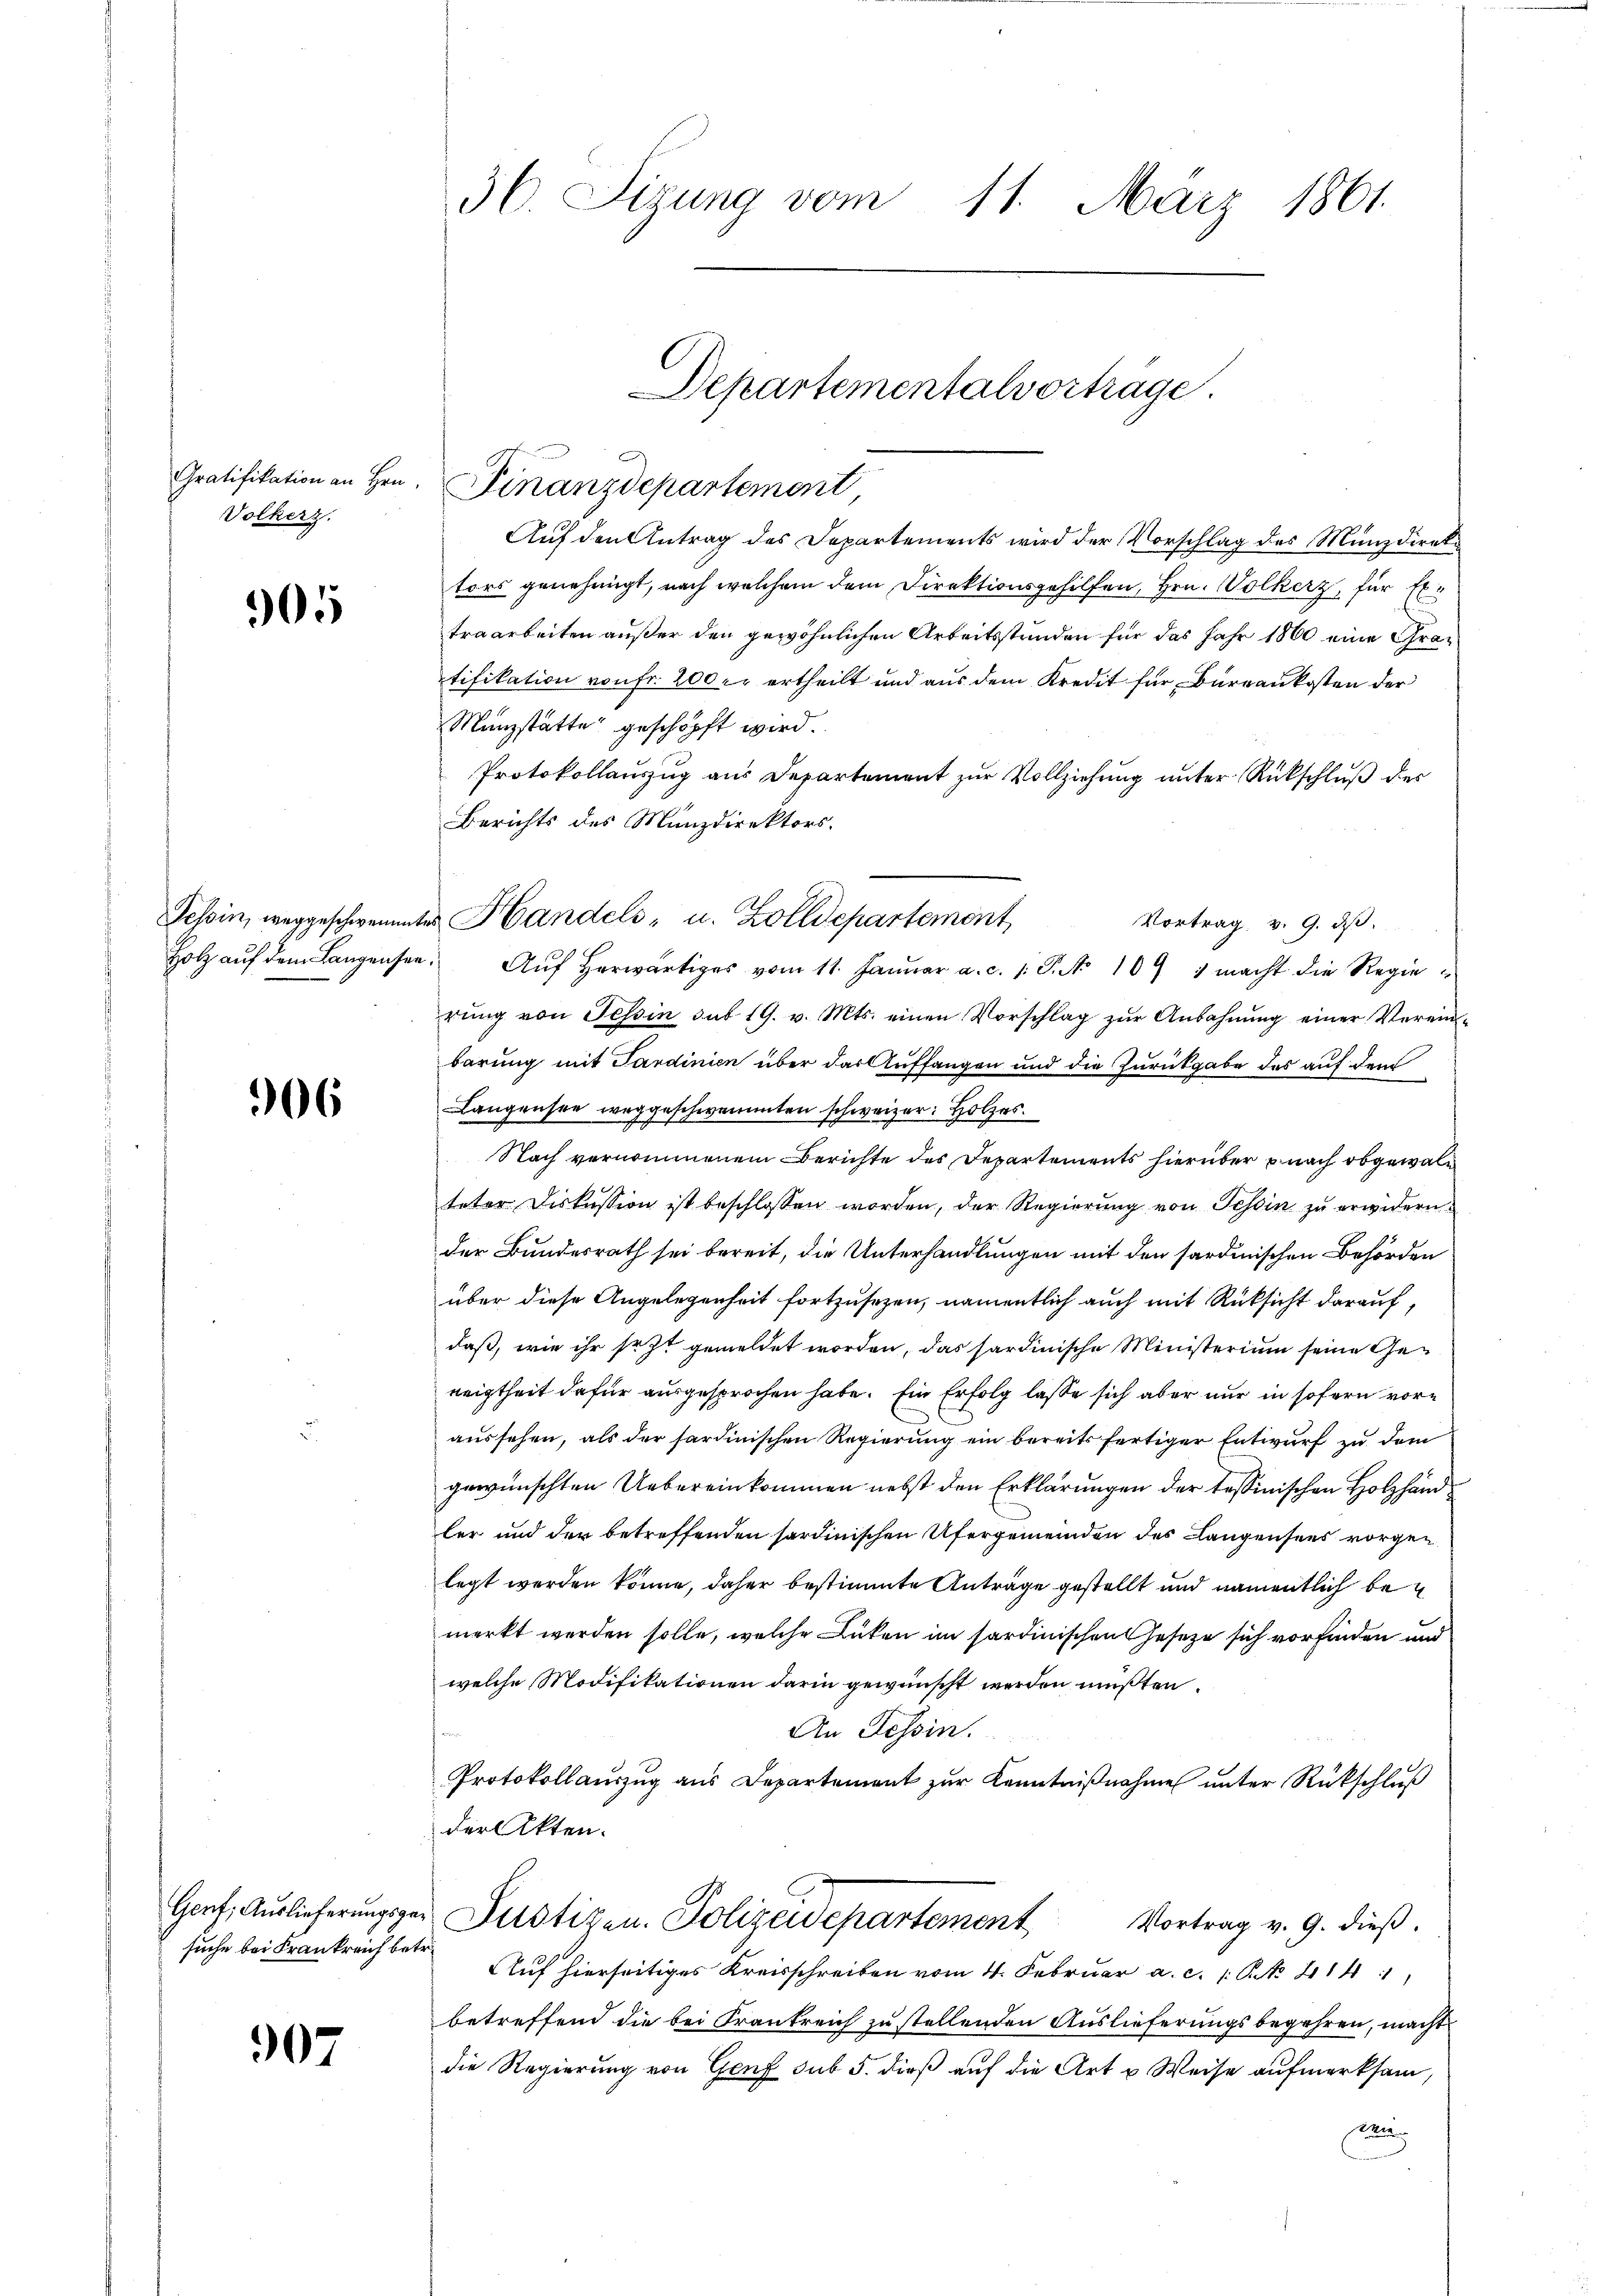
Gratifikation an Hrn.
Volkerz.

305

Holz auf dem Langensee,

306

suche bei Frankreich betr.

907

36. Sizung vom 11. März 1861.

Aŭf den Antrag des Departements wird der Vorschlag des Münzdirek
tors genehmigt, nach welchem dem Direktionsgehilfen, Hrn. Wolkerz, für Extraarbeiten außer den gewöhnlichen Arbeitsstunden für das Jahr 1860 eine Gratifikation von Fr. 200 er ertheilt und aus dem Kredit für Barraukosten der
Münzstatte geschöpft wird.
Protokollauszug aus Departement zur Vollziehung unter Rückschluß des
Berichts des Münzdirektors
Vortrag v. 9. ds.
Auf herwärtiges vom 11. Januar a. c. 1. P. No 109 & macht die Regierung von Tessin sub 19. v. Mts. einen Vorschlag zur Anbahnung einer Vereinbarung mit Sardinien über das Auffangen und die Zurückgabe des auf dem
Langensee weggeschwemmten schweizer. Holzes.
Nach vernommenem Berichte des Departements hierüber nach obgewalteter Diskussion ist beschlossen worden, der Regierung von Tessin zu erwidern
der Bundesrath sei bereit, die Unterhandlungen mit den sardinischen Behörden
über diese Angelegenheit fortzusetzen, namentlich auch mit Rücksicht darauf,
daß, wie ihr sezt gemeldet worden, das sardinische Ministerium seine Geneigtheit dafür ausgesprochen habe. Ein Erfolg lasse sich aber nur in sofern voraussehen, als der sardinischen Regierung ein bereits fertiger Entwurf zu dem
gewünschten Uebereinkommen nebst den Erklärungen der tessinischen Holzhänd
ler und der betreffenden sardinischen Ufergemeinden des Langensees vorgen
legt werden könne, daher bestimmte Anträge gestellt und namentlich bei
merkt werden solle, welche Lücken im sardinischen Gesetze sich vorfinden und
welche Modifikationen darin gewünscht werden müßten.
An Tessin.
Protokollaŭszŭg aŭs Departement zŭr Kenntniβnahme ŭnter Rückschlŭβ
der Akten.
Genf, Auslieferungsger Justizen. Polizeidepartement
Vortrag v. 9. dieß.
Auf hierseitiges Kreisschreiben vom 4. Februar a. c. 1 S. 414 1
betreffend die bei Frankreich zu stellenden Auslieferungsbegehren, macht
die Regierung von Genf sub 5. dieß auf die Art u Weise aufmerksam,
Ang

Finanzdepartement

Tessin, weggeschwemmtes Handels- u. Zolldepartement

Departementalvortrage.